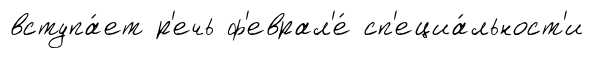
вступа́ет р'ечь ф'еврал'е́ сп'ециа́льност'и